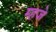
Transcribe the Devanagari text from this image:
म्हजे